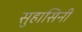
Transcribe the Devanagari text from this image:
सुहासिनीं